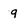
Character: 9